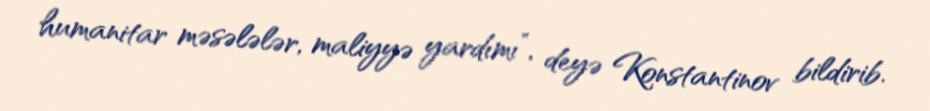
humanitar məsələlər, maliyyə yardımı”, deyə Konstantinov bildirib.